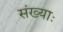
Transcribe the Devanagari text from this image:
संख्याः